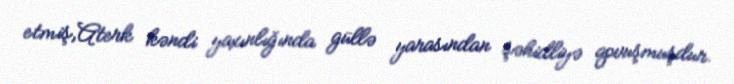
etmiş,Aterk kəndi yaxınlığında güllə yarasından şəhidliyə qovuşmuşdur.